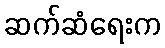
ဆက်ဆံရေးက